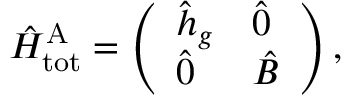
\hat { H } _ { \mathrm { t o t } } ^ { \mathrm { A } } = \left( \begin{array} { l l } { \hat { h } _ { g } } & { \hat { 0 } } \\ { \hat { 0 } } & { \hat { B } } \end{array} \right) ,